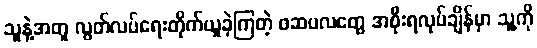
သူနဲ့အတူ လွတ်လပ်ရေးတိုက်ယူခဲ့ကြတဲ့ ဖဆပလတွေ အစိုးရလုပ်ချိန်မှာ သူ့ကို